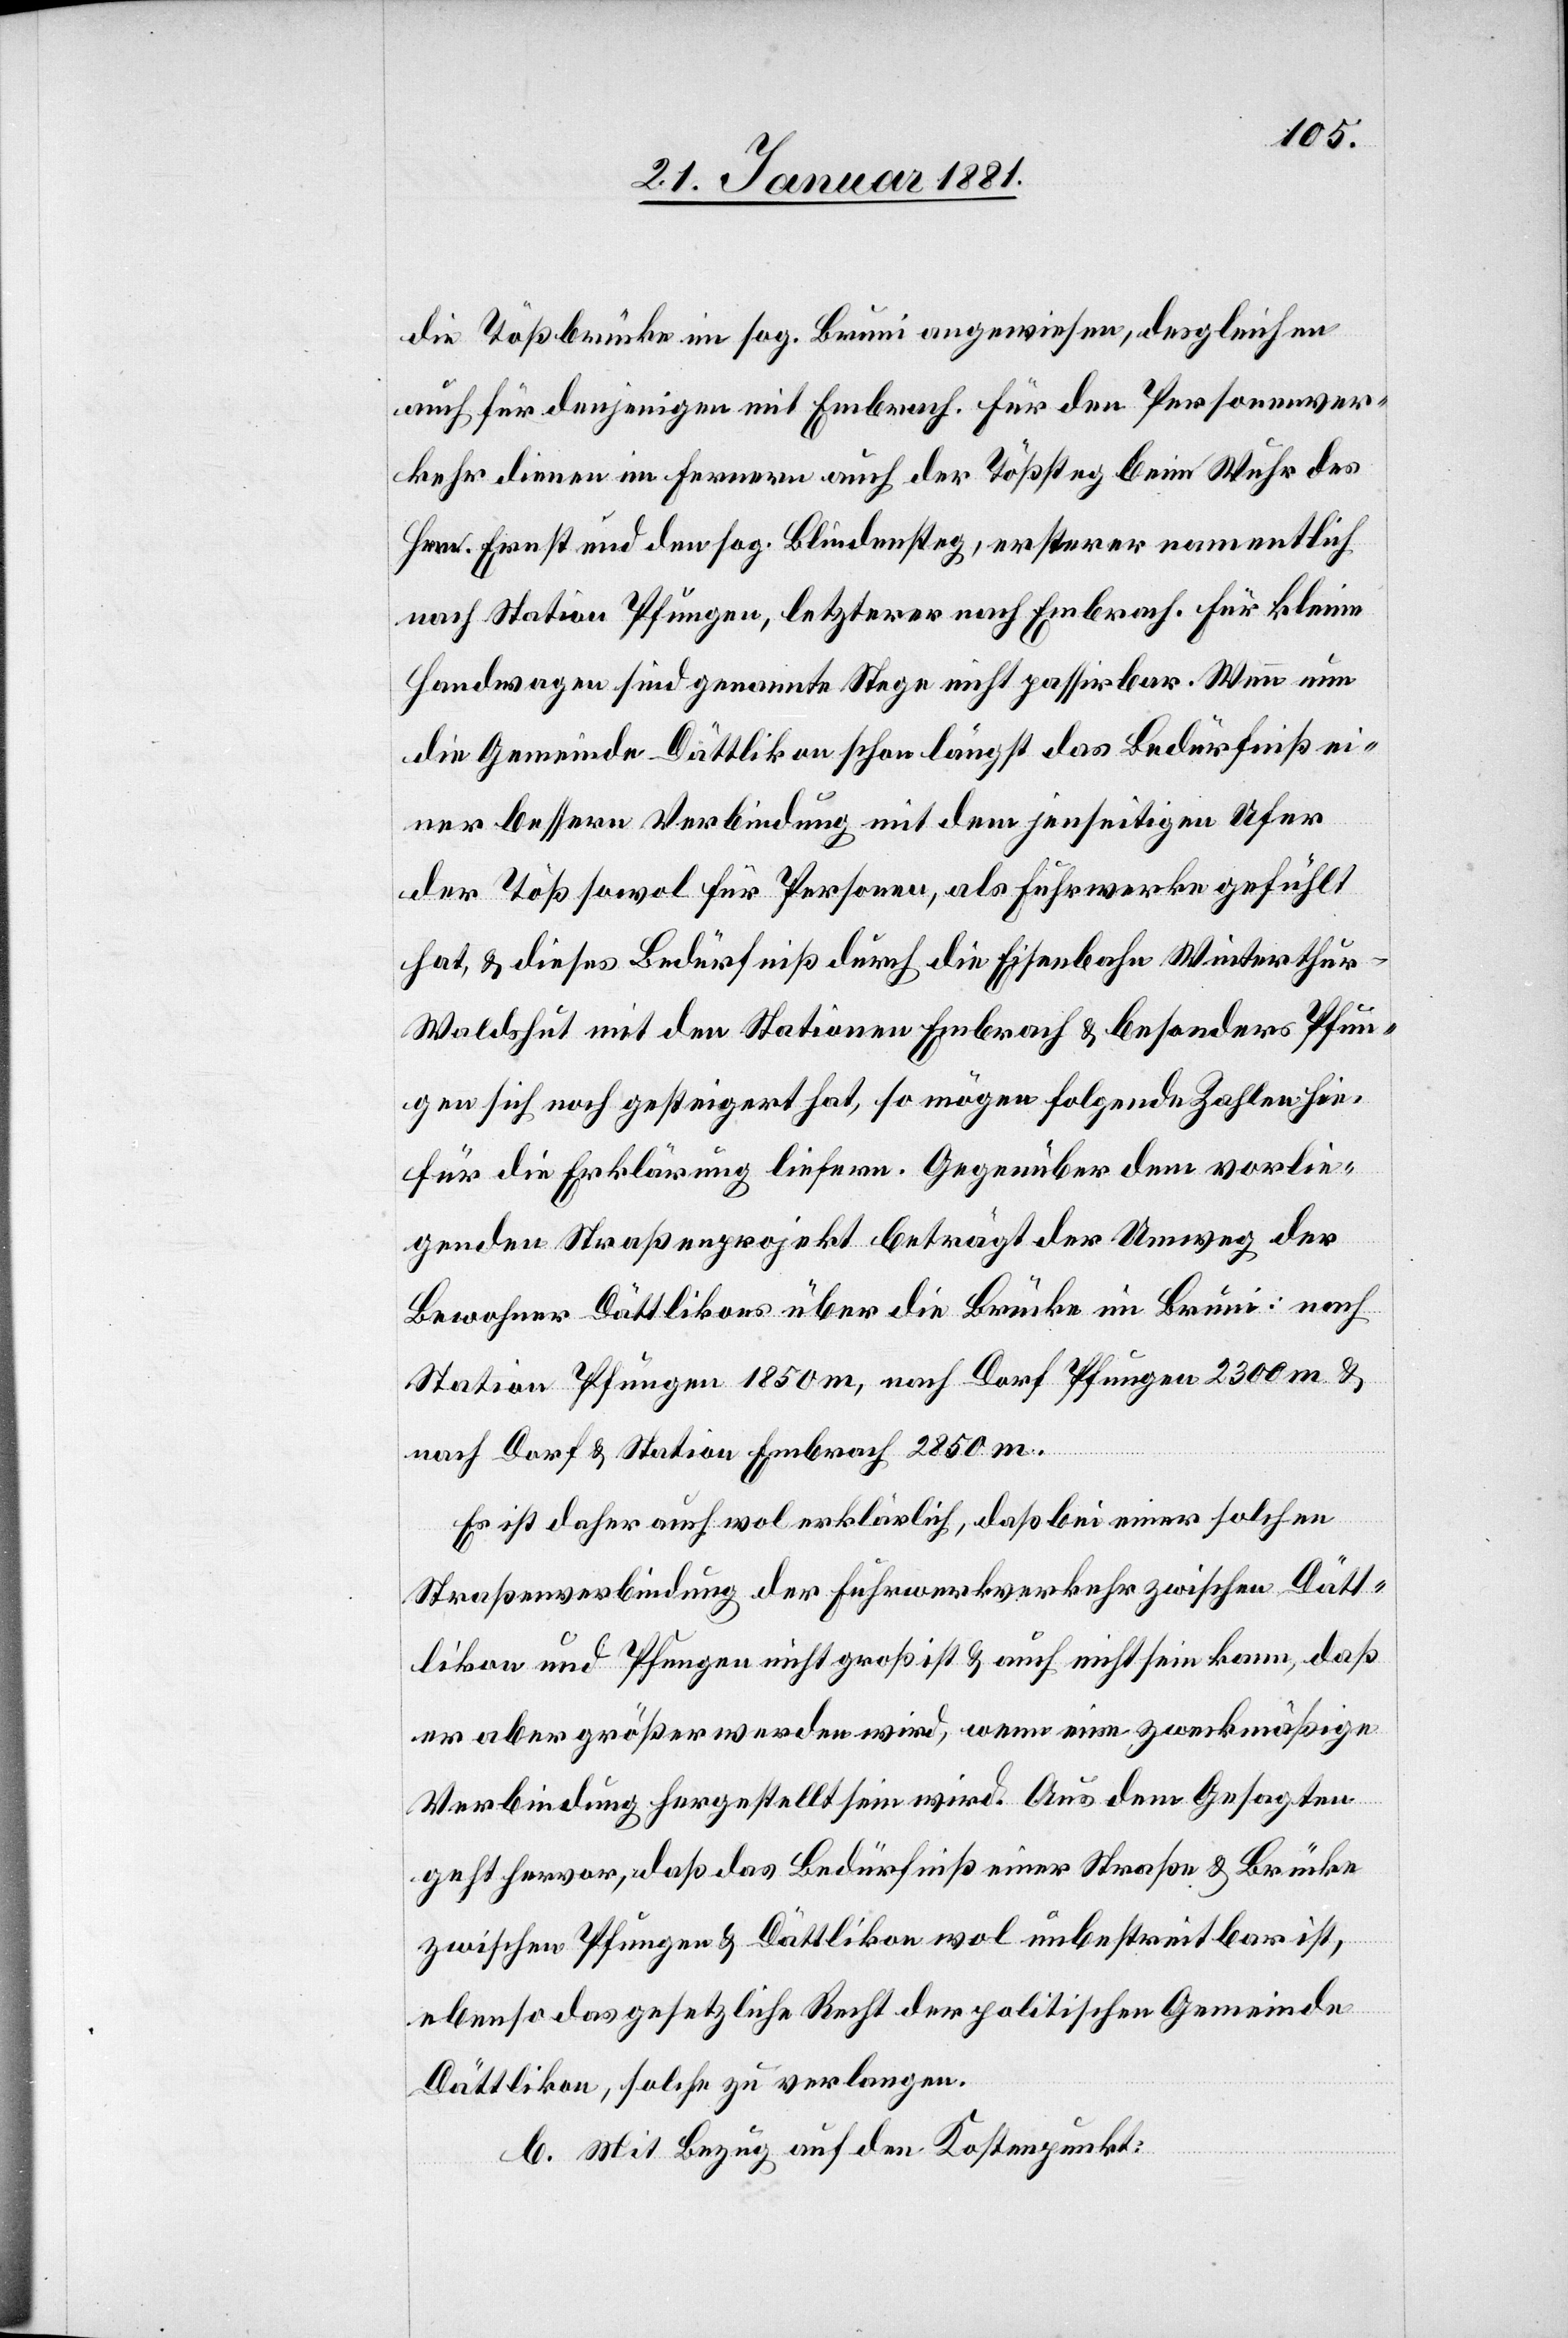
die Tößbrücke in sog. Bruni angewiesen, desgleichen
auch für denjenigen mit Embrach. Für den Personenver¬
kehr dienen im Fernern auch der Tößsteg beim Wuhr des
Hrn. Ernst und den sog. Blindensteg, ersterer namentlich
nach Station Pfungen, letzterer nach Embrach. Für kleine
Handwagen sind genannte Stege nicht passirbar. Wenn nun
die Gemeinde Dättlikon schon längst das Bedürfniß ei¬
ner bessern Verbindung mit dem jenseitigen Ufer
der Töß sowol für Personen, als Fuhrwerke gefühlt
hat, & dieses Bedürfniß durch die Eisenbahn Winterthu¬
r–Waldshut mit den Stationen Embrach & besonders Pfun¬
gen sich noch gesteigert hat, so mögen folgende Zahlen hie¬
für die Erklärung liefern. Gegenüber dem vorlie¬
genden Straßenprojekt beträgt der Umweg der
Bewohner Dättlikon über die Brücke im Bruni: nach
Station Pfungen 1850 m, nach Dorf Pfungen 2300 m &
nach Dorf & Station Embrach 2850 m.
Es ist daher auch wol erklärlich, daß bei einer solchen
Straßenverbindung der Fuhrwerkverkehr zwischen Dätt¬
likon und Pfungen nicht groß ist & auch nicht sein kann, daß
er aber größer werden wird, wenn eine zweckmäßige
Verbindung hergestellt sein wird. Aus dem Gesagten
geht hervor, daß das Bedürfniß einer Straße & Brücke
zwischen Pfungen & Dättlikon wol unbestreitbar ist,
ebenso das gesetzliche Recht der politischen Gemeinde
Dättlikon, solche zu verlangen.
b. Mit Bezug auf den Kostenpunkt: